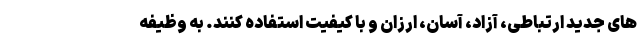
های جدید ارتباطی، آزاد، آسان، ارزان و با کیفیت استفاده کنند. به وظیفه